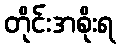
တိုင်းအစိုးရ